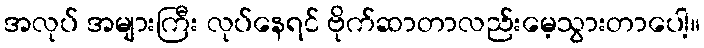
အလုပ် အများကြီး လုပ်နေရင် ဗိုက်ဆာတာလည်းမေ့သွားတာပေါ့။